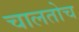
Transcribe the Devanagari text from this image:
चालतोच